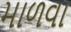
માળવા